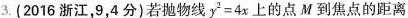
3.(2016浙江，9，4分)若抛物线$$y^{2}=4x$$上的点M到焦点的距离